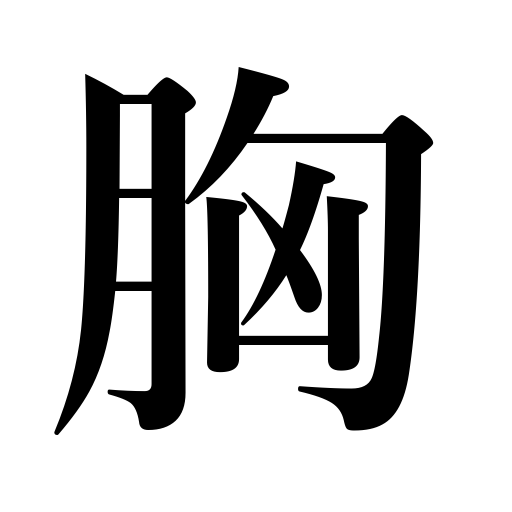
Meanings: chest,mind,feelings,heart,breast,bosom